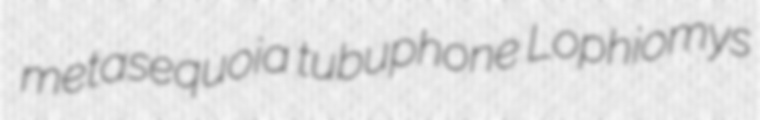
metasequoia tubuphone Lophiomys